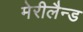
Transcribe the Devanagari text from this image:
मेरीलैन्ड